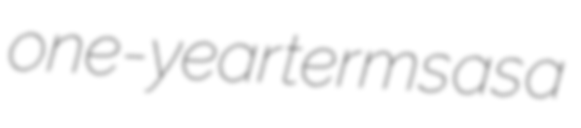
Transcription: one-year terms as a